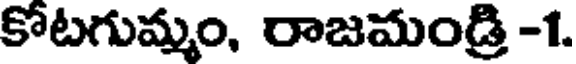
కోటగుమ్మం, రాజమండ్రి -1.